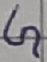
Text: G